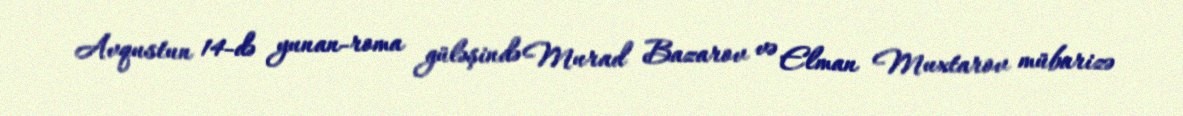
Avqustun 14-də yunan-roma güləşində Murad Bazarov və Elman Muxtarov mübarizə